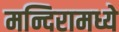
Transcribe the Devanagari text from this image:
मन्दिरामध्ये